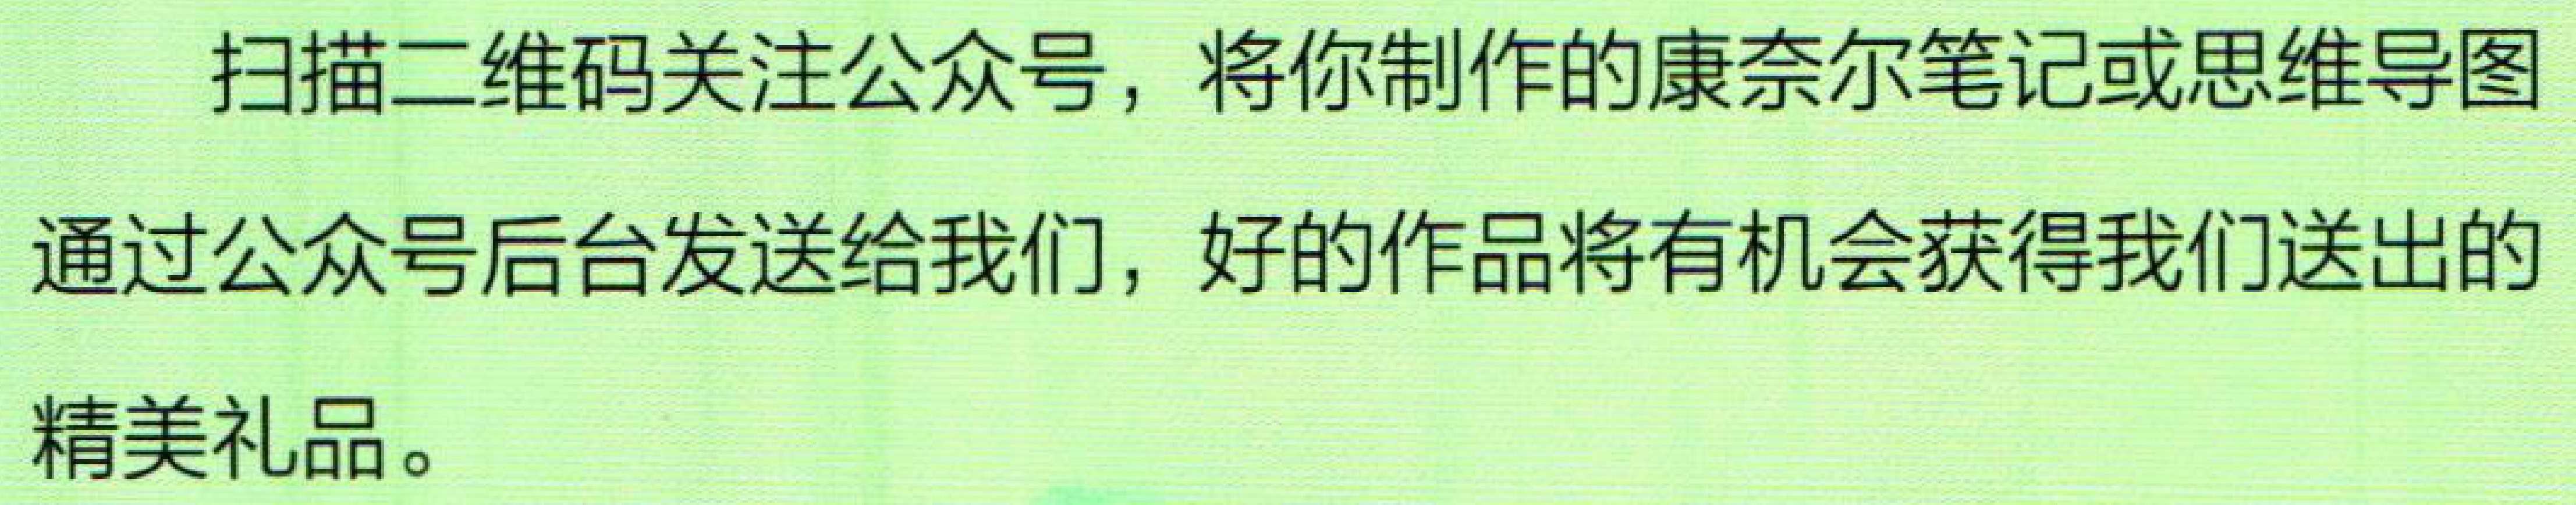
扫描二维码关注公众号，将你制作的康奈尔笔记或思维导图通过公众号后台发送给我们，好的作品将有机会获得我们送出的精美礼品。